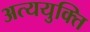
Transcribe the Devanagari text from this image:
अत्ययुक्ति